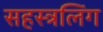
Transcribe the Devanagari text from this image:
सहस्त्रलिंग